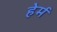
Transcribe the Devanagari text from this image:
हेर्म